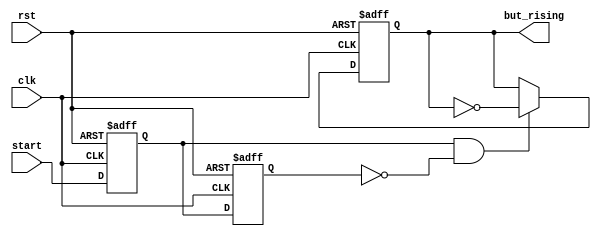
`timescale 1ns / 1ps
//start, stop      

module but_edge( clk, rst, start, but_rising );
    input clk;
    input rst;
    input start;
    output but_rising;
    reg reg_a, reg_b, but_rising;

    always@(posedge clk or posedge rst) begin
        if(rst)begin
            reg_a <= 0;
            reg_b <= 0;
        end
        else begin
            reg_a <= start;
            reg_b <= reg_a;
        end
    end

    always @(posedge clk or posedge rst) begin
        if(rst) but_rising <= 1;
        else if(reg_a && ~reg_b ) but_rising <= ~but_rising;
        else but_rising <= but_rising;
    end
endmodule